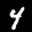
Label: 4